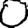
Digit: 0